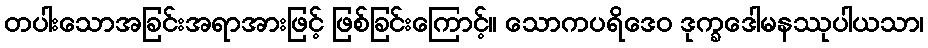
တပါးသောအခြင်းအရာအားဖြင့် ဖြစ်ခြင်းကြောင့်။ သောကပရိဒေဝ ဒုက္ခဒေါမနဿုပါယသာ၊